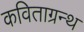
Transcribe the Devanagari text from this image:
कविताग्रन्थ